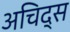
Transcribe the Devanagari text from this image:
अचिद्स